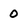
Character: 0